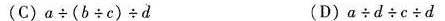
(C)$$a \div ( b \div c ) \div d$$ (D)$$a \div d \div c \div d$$